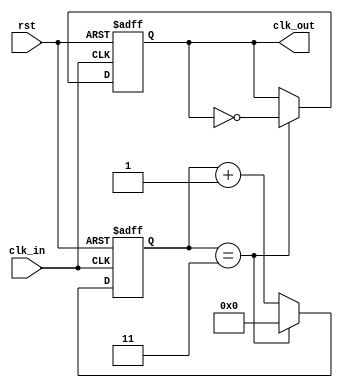
module FrequencyDividerCounter #(
    parameter N = 4  // Default division factor
) (
    input wire clk_in,    // Input clock
    input wire rst,       // Asynchronous reset
    output reg clk_out    // Output divided clock
);

    reg [31:0] counter;  // Counter register

    always @(posedge clk_in or posedge rst) begin
        if (rst) begin
            counter <= 0;  // Reset counter
            clk_out <= 0;  // Initialize output clock
        end else begin
            if (counter == (N - 1)) begin
                counter <= 0;         // Reset counter
                clk_out <= ~clk_out;  // Toggle output clock
            end else begin
                counter <= counter + 1;  // Increment counter
            end
        end
    end

endmodule